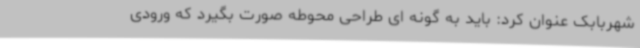
شهربابک عنوان کرد: باید به گونه ای طراحی محوطه صورت بگیرد که ورودی